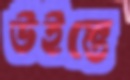
উইস্তে